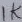
Text: 1K